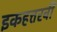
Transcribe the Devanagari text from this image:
इकहत्तरवीं